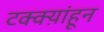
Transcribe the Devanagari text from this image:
टक्क्य़ांहून